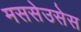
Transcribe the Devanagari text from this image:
मससेउसेस